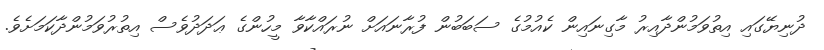
ދުނިޔޭގައި އިތުވަމުންދާއިރު މާގިނައިން ކެއުމުގެ ސަބަބުން ފުރާނައަށް ނުރައްކާވާ މީހުންގެ ޢަދަދުވެސް އިތުރުވަމުންދާކަމަށެވެ.